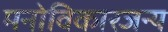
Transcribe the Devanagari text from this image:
मनोविकारजन्य